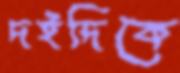
দইদিকে